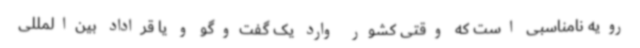
رویه نامناسبی است که وقتی کشور وارد یک گفت‌وگو و یا قراداد بین‌المللی